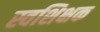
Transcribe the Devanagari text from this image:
स्वशिक्षक